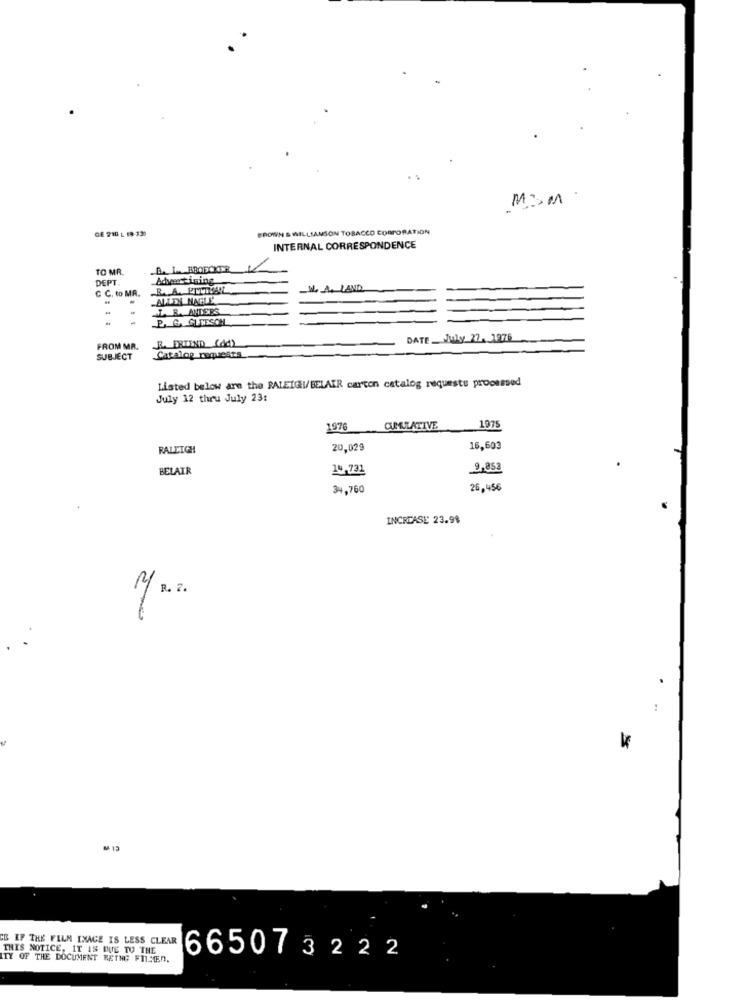
MSM
BROWN & WILLIAMSON TOBACCO CORPORATION
GE 210 L 19-330
INTERNAL CORRESPONDENCE
TO MA
DEPT.
Advertising
C C, to MR.
.
L. R. ANDERS
P. G. GUNSSON
DATE _Joly 22. 1976
FROM MR.
R. EXTEND (dd)
SUBJECT
Catalog requests
Listed below are the RALEIGH/BELAIR carton catalog nequeste processed
July 12 thru July 23:
197
CUMULATIVE
1975
RALEIGH
20,029
16,603
BELAIR
14,731
2,852
34,760
26,456
INCREASE 23.98
.
CE IF THE FILM INAGE IS LESS CLEAR
THIS NOTICE, IT IS DUE TO THE
ITY OF THE DOCUMENT RETNG FILMEN.
665073222